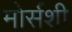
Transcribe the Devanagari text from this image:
मोर्सशी